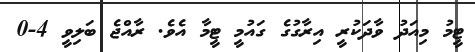
ޓީމު މިއަދު ވާދަކުރީ އިރާގުގެ ގައުމީ ޓީމާ އެވެ. ރާއްޖެ ބަލިވީ 4-0